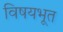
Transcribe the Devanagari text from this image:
विषयभूत